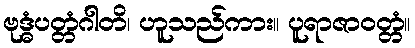
ဗုဒ္ဓံပတ္တံဂါတိ၊ ဟူသည်ကား။ ပူရာဇာဝတ္တံ။